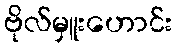
ဗိုလ်မှူးဟောင်း